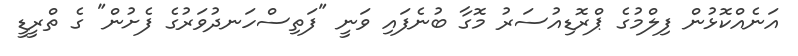
އަނެއްކޮޅުން ފިލްމުގެ ޕްރޮޑިއުސަރު މޮގާ ބުނެފައި ވަނީ "ފަތިސްހަނދުވަރުގެ ފެށުން" ގެ ތްރީޑީ